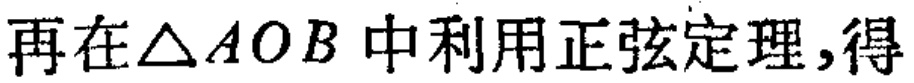
再在\(\triangle AOB\)中利用正弦定理,得